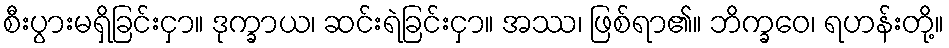
စီးပွားမရှိခြင်းငှာ။ ဒုက္ခာယ၊ ဆင်းရဲခြင်းငှာ။ အဿ၊ ဖြစ်ရာ၏။ ဘိက္ခဝေ၊ ရဟန်းတို့။